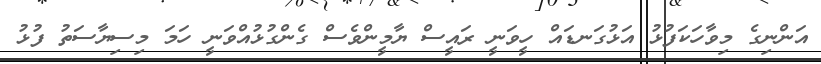
އަންނިގެ މިވާހަކަފުޅު އަޅުގަނޑައް ހީވަނީ ރައީސް ޔާމީންވެސް ގެންގުޅުއްވަނީ ހަމަ މިސިޔާސަތު ފުޅު